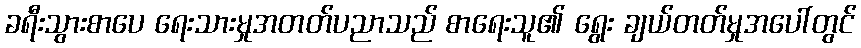
ခရီးသွားစာပေ ရေးသားမှုအတတ်ပညာသည် စာရေးသူ၏ ရွေး ချယ်တတ်မှုအပေါ်တွင်